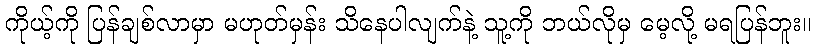
ကိုယ့်ကို ပြန်ချစ်လာမှာ မဟုတ်မှန်း သိနေပါလျက်နဲ့ သူ့ကို ဘယ်လိုမှ မေ့လို့ မရပြန်ဘူး။